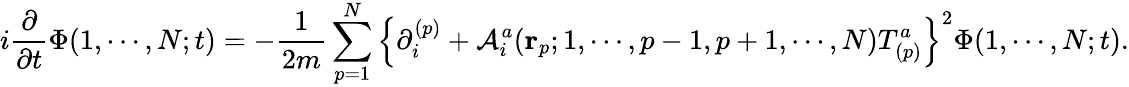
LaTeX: i\frac{\partial}{\partial t}\Phi(1,\cdots,N;t)=-\frac{1}{2m}\sum_{p=1}^{N}\left\{ \partial_{i}^{(p)}+{\cal A}_{i}^{a}({\mathbf r}_{p};1,\cdots,p-1,p+1,\cdots,N)T_{(p)}^{a}\right\} ^{2}\Phi(1,\cdots,N;t).